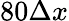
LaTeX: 80\Delta x